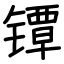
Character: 镡